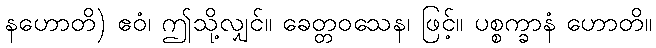
နဟောတိ) ဧဝံ၊ ဤသို့လျှင်။ ခေတ္တဝသေန၊ ဖြင့်။ ပစ္စက္ခာနံ ဟောတိ။